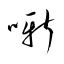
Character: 噺